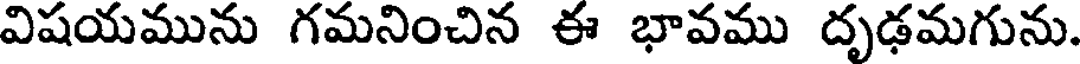
విషయమును గమనించిన ఈ భావము దృఢమగును.